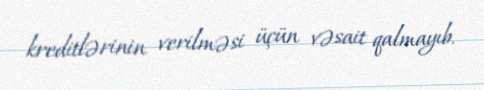
kreditlərinin verilməsi üçün vəsait qalmayıb.